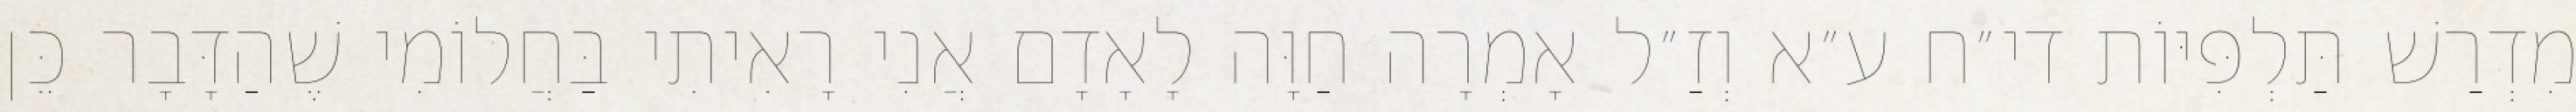
מִדְרַשׁ תַּלְפִּיּוֹת די״ח ע״א וְזַ״ל אָמְרָה חַוָּה לָאָדָם אֲנִי רָאִיתִי בַּחֲלוֹמִי שֶׁהַדָּבָר כֵּן